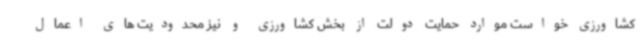
کشاورزی خواست موارد حمایت دولت از بخش کشاورزی و نیز محدودیت های اعمال